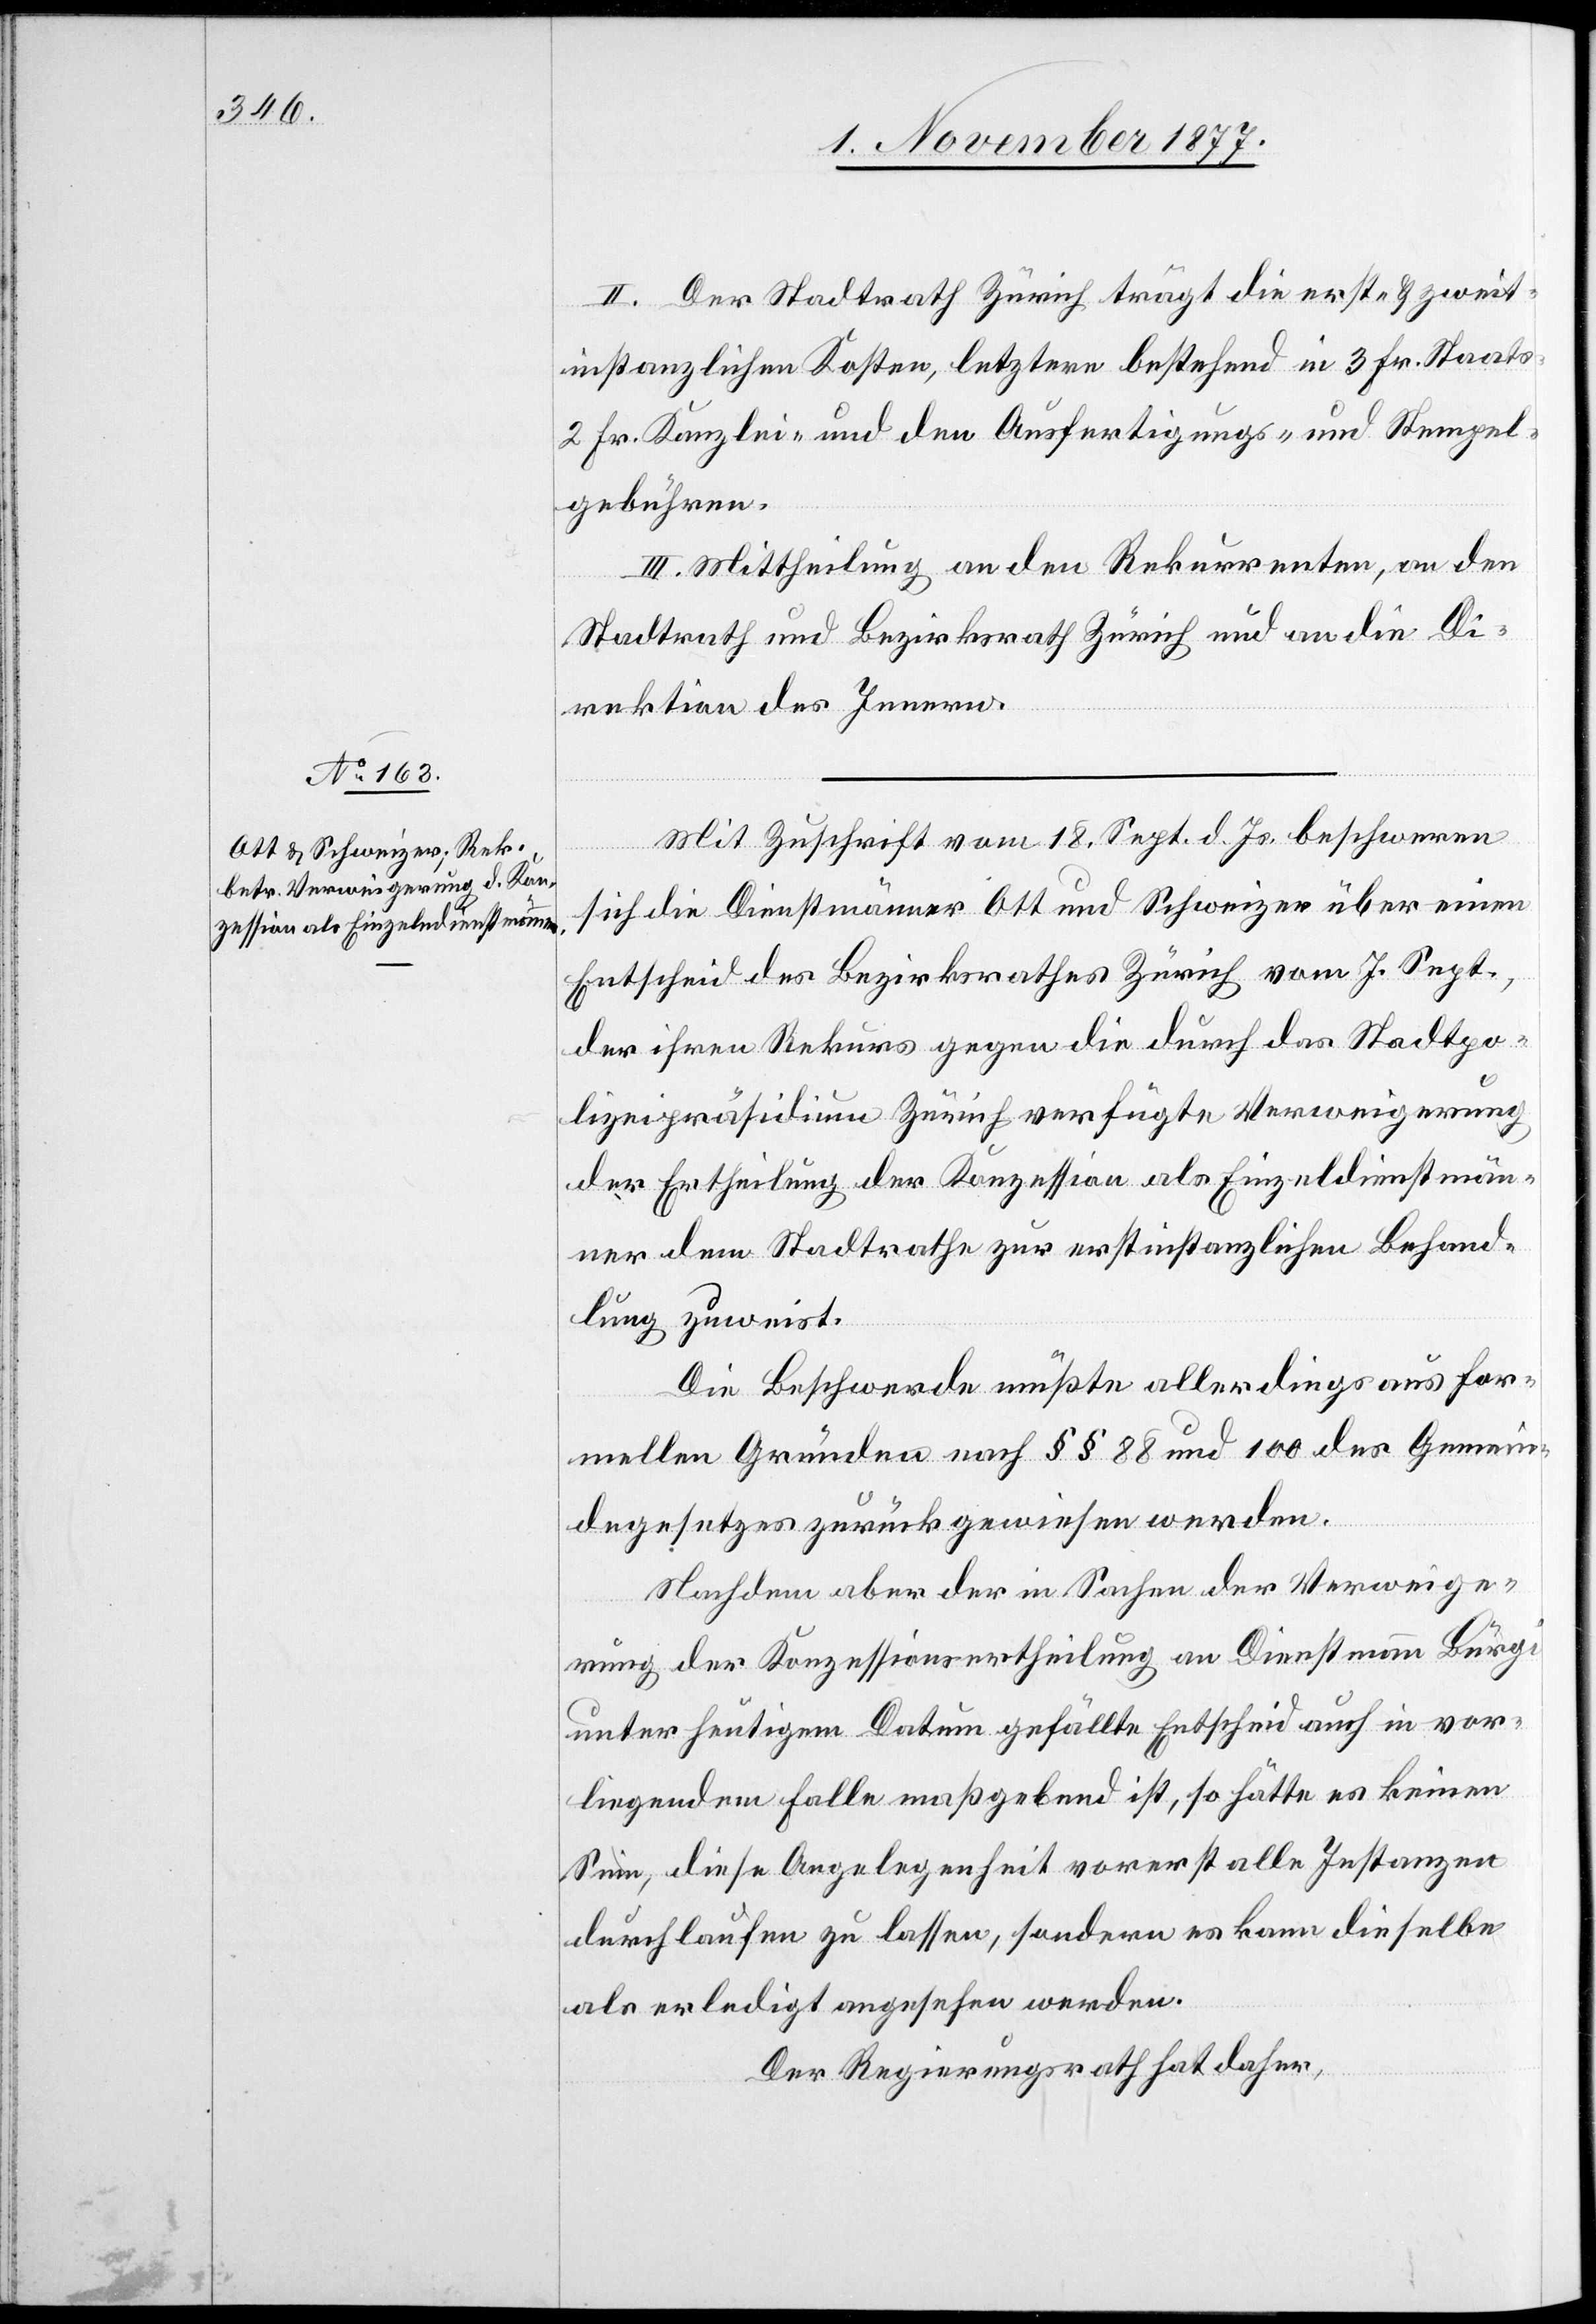
II. Der Stadtrath Zürich trägt die erst- & zweit¬
instanzlichen Kosten, letztere bestehend in 3 Fr. Staats-[,]
2 Fr. Kanzlei- und den Ausfertigungs- und Stempel¬
gebühren.
III. Mittheilung an den Rekurrenten, an den
Stadtrath und Bezirksrath Zürich und an die Di¬
rektion des Innern.
Mit Zuschrift vom 18. Sept. d. Js. beschweren
sich die Dienstmänner Ott und Schweizer über einen
Entscheid des Bezirksrathes Zürich vom 7. Sept.,
der ihren Rekurs gegen die durch das Stadtpo¬
lizeipräsidium Zürich verfügte Verweigerung
der Ertheilung der Konzession als Einzeldienstmän¬
ner dem Stadtrathe zur erstinstanzlichen Behand¬
lung zuweist.
Die Beschwerde müßte allerdings aus for¬
mellen Gründen nach §§ 88 und 100 des Gemein¬
degesetzes zurückgewiesen werden.
Nachdem aber der in Sachen der Verweige¬
rung der Konzessionsertheilung an Dienstmann Bürgi
unter heutigem Datum gefällte Entscheid auch in vor¬
liegendem Falle maßgebend ist, so hätte es keinen
Sinn, diese Angelegenheit vorerst alle Instanzen
durchlaufen zu lassen, sondern es kann dieselbe
als erledigt angesehen werden.
Der Regierungsrath hat daher,